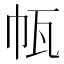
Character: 㼙